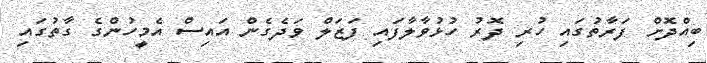
ބިއްދޮށް ފަރާތުގައި ހުރި ދޮރު ހުޅުވާލާފައި ފަޒަލް ވަދެގެން އައިސް އެމީހުންގެ ގާތުގައި